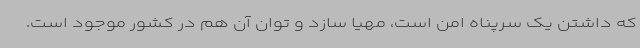
که داشتن یک سرپناه امن است، مهیا سازد و توان آن هم در کشور موجود است.